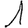
Digit: 1